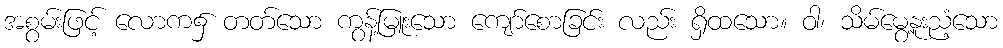
အစွမ်းဖြင့် လောက၌ တတ်သော ကွန့်မြူးသော ကျော်စောခြင်း လည်း ရှိထသော။ ဝါ၊ သိမ်မွေ့နူးညံ့သော